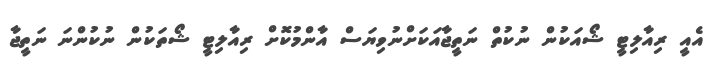
އެއީ ރިއާލިޓީ ޝޯއަކުން ނުކުތް ނަތީޖާއަކަށްނުވިޔަސް އާންމުކޮށް ރިއާލިޓީ ޝޯތަކުން ނުކުންނަ ނަތީޖާ